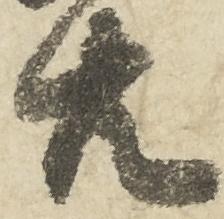
共